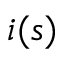
i ( s )